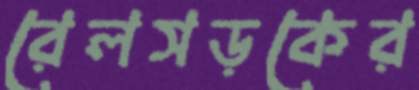
রেলসড়কের